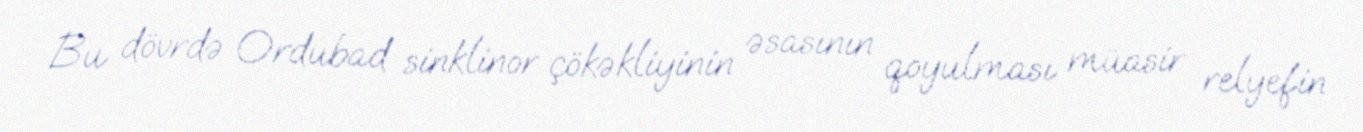
Bu dövrdə Ordubad sinklinor çökəkliyinin əsasının qoyulması müasir relyefin